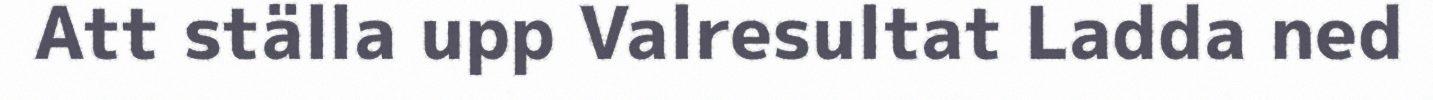
Att ställa upp Valresultat Ladda ned